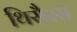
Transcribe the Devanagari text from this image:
थिसैरस